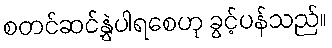
စတင်ဆင်နွှဲပါရစေဟု ခွင့်ပန်သည်။